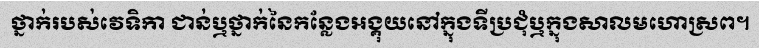
ថ្នាក់របស់វេទិកា ជាន់ឬថ្នាក់នៃកន្លែងអង្គុយនៅក្នុងទីប្រជុំឬក្នុងសាលមហោស្រព។